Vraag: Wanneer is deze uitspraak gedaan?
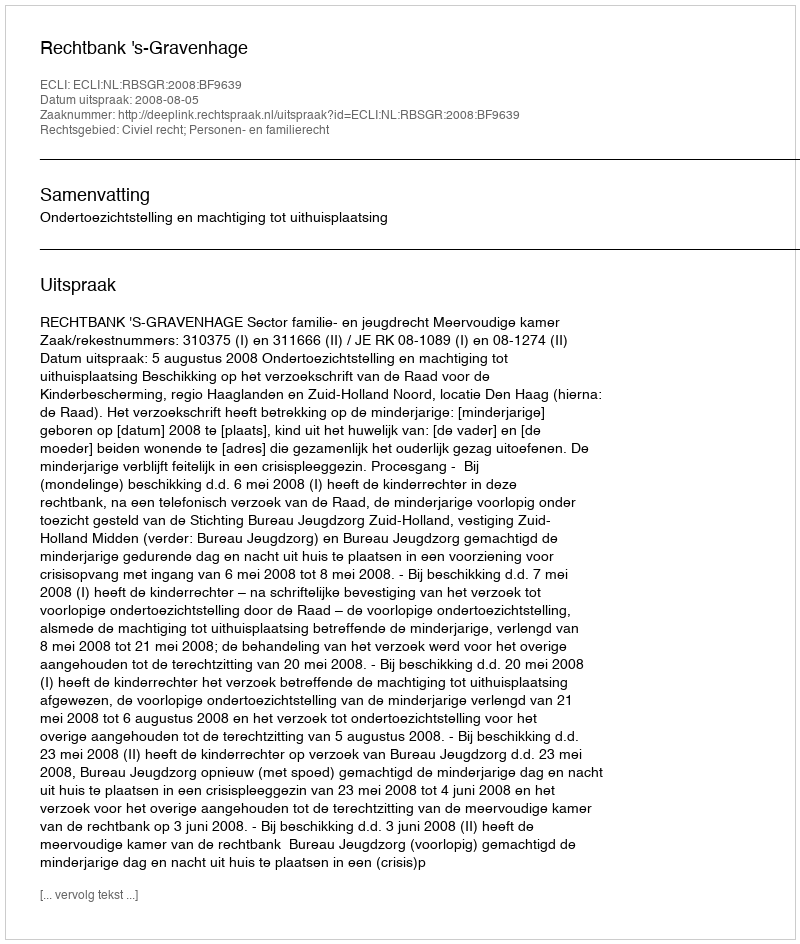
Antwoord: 2008-08-05